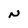
Character: N